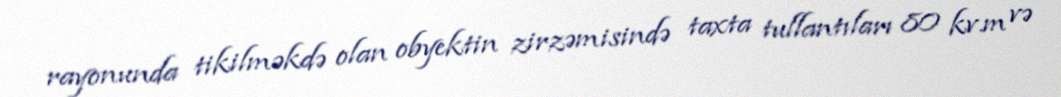
rayonunda tikilməkdə olan obyektin zirzəmisində taxta tullantıları 80 kv.m və